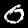
Label: 0